Jaan_Tonisson_(Lasteleht), lk 427
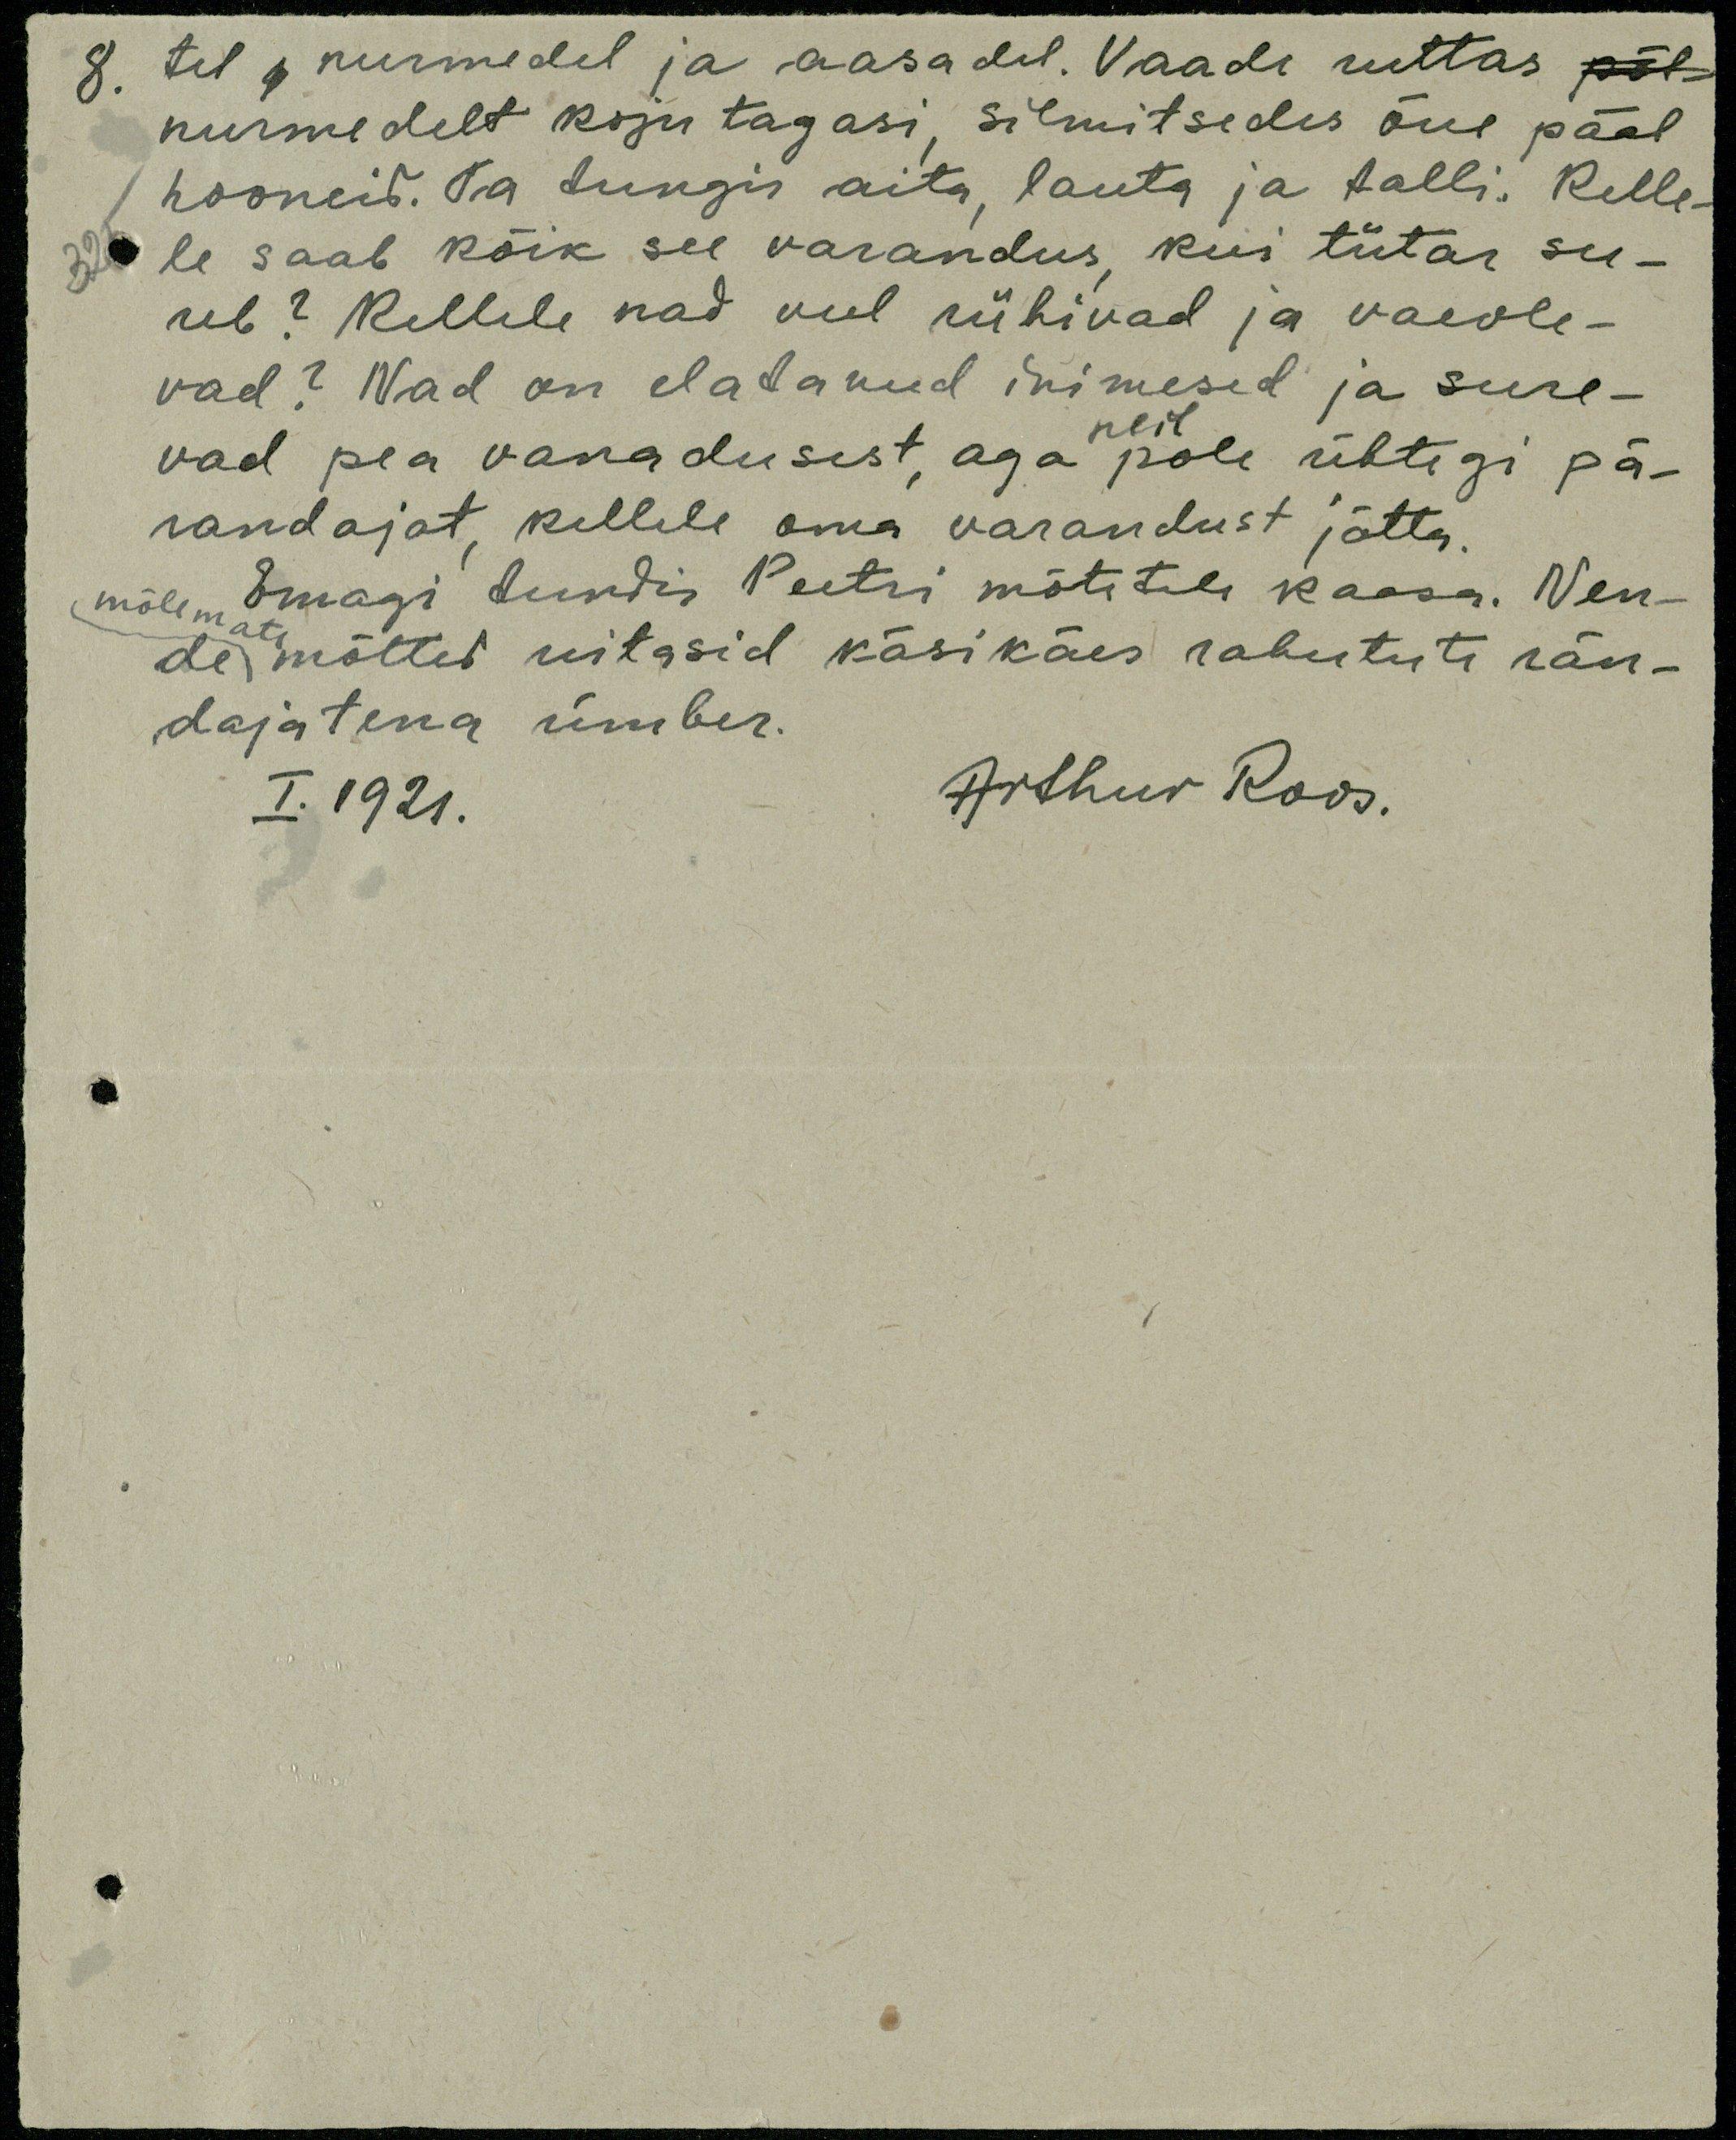
8.
tel nurmedel ja aasadel. Vaade ruttas
nurmedelt koju tagasi, silmitsedes õue pääl
hooneid. Ta tungis aita, lauta ja talli. Kelle-
le saab kõik see varandus, kui tütar su-
reb? Kellele nad veel rühivad ja vaevle-
vad? Nad on elatanud inimesed ja sure-
vad pea vanadusest, aga pole ühtegi pä-
neil
randajat, kellele oma varandust jätta.
mõlemate Emagi tundis Peetri mõtetele kaasa. Nen-
de mõtted uitasid käsikäes rahutute rän-
dajatena ümber.
I. 1921.
Arthur Roos.